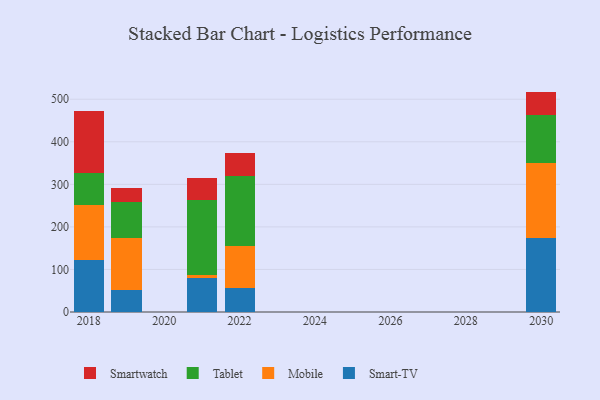
{"axis": {"x": "Year", "y": "Page Views"}, "legend": ["Mobile", "Smart-TV", "Smartwatch", "Tablet"], "data": [{"x": "2021", "y": 80.2, "type": "Smart-TV"}, {"x": "2021", "y": 7.7, "type": "Mobile"}, {"x": "2021", "y": 175.9, "type": "Tablet"}, {"x": "2021", "y": 51.1, "type": "Smartwatch"}, {"x": "2018", "y": 121.1, "type": "Smart-TV"}, {"x": "2018", "y": 130.2, "type": "Mobile"}, {"x": "2018", "y": 74.7, "type": "Tablet"}, {"x": "2018", "y": 145.4, "type": "Smartwatch"}, {"x": "2019", "y": 50.7, "type": "Smart-TV"}, {"x": "2019", "y": 124.1, "type": "Mobile"}, {"x": "2019", "y": 84.1, "type": "Tablet"}, {"x": "2019", "y": 31.6, "type": "Smartwatch"}, {"x": "2030", "y": 174.7, "type": "Smart-TV"}, {"x": "2030", "y": 176.4, "type": "Mobile"}, {"x": "2030", "y": 111.0, "type": "Tablet"}, {"x": "2030", "y": 55.9, "type": "Smartwatch"}, {"x": "2022", "y": 56.6, "type": "Smart-TV"}, {"x": "2022", "y": 97.6, "type": "Mobile"}, {"x": "2022", "y": 165.4, "type": "Tablet"}, {"x": "2022", "y": 53.9, "type": "Smartwatch"}]}